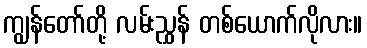
ကျွန်တော်တို့ လမ်းညွှန် တစ်ယောက်လိုလား။